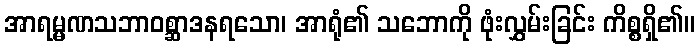
အာရမ္မဏသဘာဝစ္ဆာဒနရသော၊ အာရုံ၏ သဘောကို ဖုံးလွှမ်းခြင်း ကိစ္စရှိ၏။